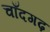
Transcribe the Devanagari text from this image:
चाँदगढ़